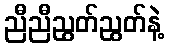
ညီညီညွတ်ညွတ်နဲ့